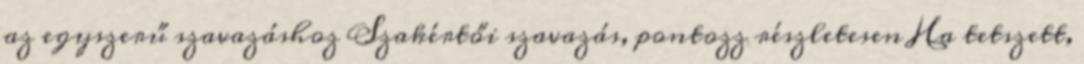
az egyszerű szavazáshoz Szakértői szavazás, pontozz részletesen Ha tetszett,